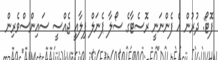
ފޮޓޯ: ދުރުން އެ ފެންނަނީ ރޮސެޓާގެ ސޯލާ ޕެނަލް ފިލާއީ ޖެއްސީ ސައިންސްވެރިން